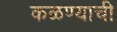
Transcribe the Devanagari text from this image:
कळण्याची